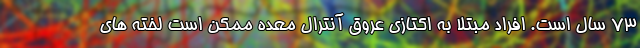
73 سال است. افراد مبتلا به اکتازی عروق آنترال معده ممکن است لخته های